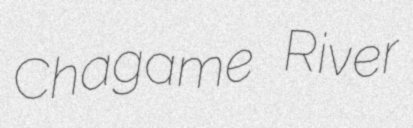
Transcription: Chagame River